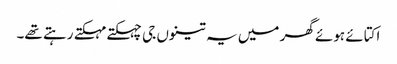
اکتائے ہوئے گھر میں یہ تینوں جی چہکتے مہکتے رہتے تھے۔